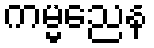
ကမ္မညေန